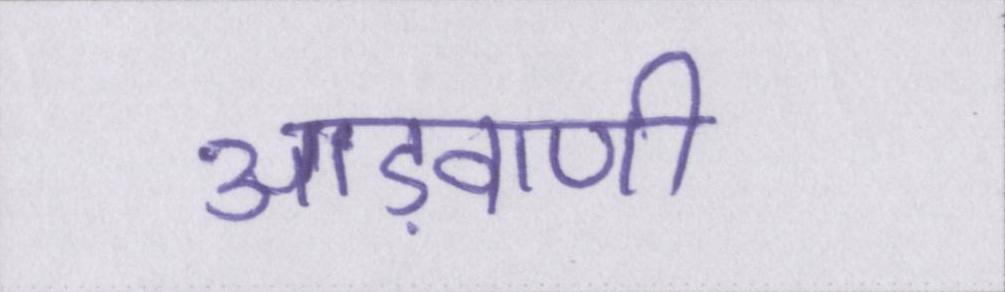
आड़वाणी